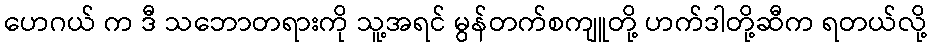
ဟေဂယ် က ဒီ သဘောတရားကို သူ့အရင် မွန်တက်စကျူတို့ ဟက်ဒါတို့ဆီက ရတယ်လို့